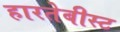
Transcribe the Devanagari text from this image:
हारतेबीस्ट